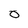
Character: 0